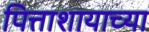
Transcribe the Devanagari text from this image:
पित्ताशायाच्या